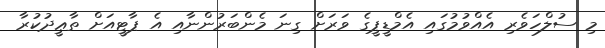
މި ސުލްހަވެރި އެއްވުމުގައި އެމްޑީޕީގެ ވަރަށް ގިނަ މެންބަރުންނާއި އެ ޕާޓީއަށް ތާޢީދުކުރާ